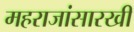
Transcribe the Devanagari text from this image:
महराजांसारखी